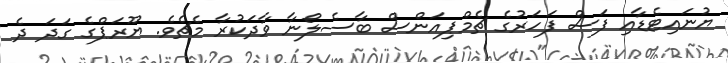
ޔުނައިޓެޑާއި ފަސް ފަހަރުގެ ޗެމްޕިއަންސް ބާސެލޯނާ ވާދަކުރާ މެޗެވެ. ޔޫރަޕްގެ ގަދަ ދެ